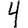
Digit: 4